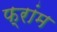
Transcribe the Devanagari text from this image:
फ्रांम